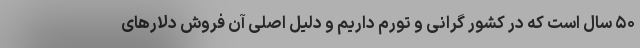
۵۰ سال است که در کشور گرانی و تورم داریم و دلیل اصلی آن فروش دلارهای